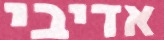
אדיבי